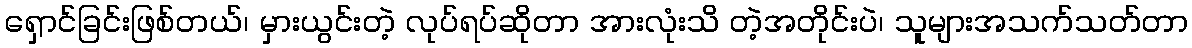
ရှောင်ခြင်းဖြစ်တယ်၊ မှားယွင်းတဲ့ လုပ်ရပ်ဆိုတာ အားလုံးသိ တဲ့အတိုင်းပဲ၊ သူများအသက်သတ်တာ